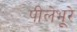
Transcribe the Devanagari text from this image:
पीलेभूरे